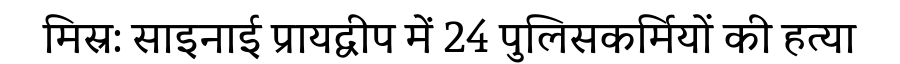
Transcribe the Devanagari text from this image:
मिस्र: साइनाई प्रायद्वीप में 24 पुलिसकर्मियों की हत्या